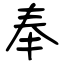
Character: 奉